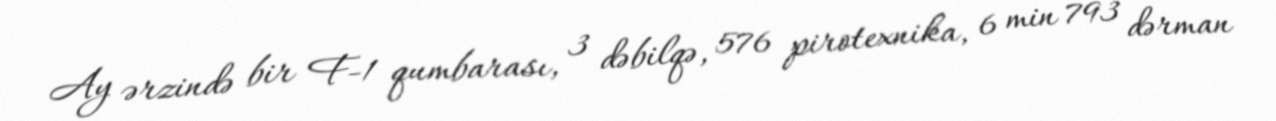
Ay ərzində bir F-1 qumbarası, 3 dəbilqə, 576 pirotexnika, 6 min 793 dərman